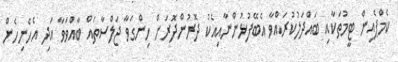
ކެމްޕެއިން ޓީމުތަކާއި ބައްދަލުކުރައްވާ އެބޭފުޅުންނާއިއެކު ދޮރުންދޮރަށް ހިންގަވާ ޖަލްސާތައް ބާއްވަވާ އަދި އެހެނިހެން